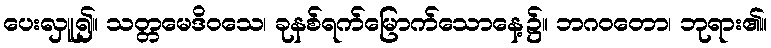
ပေးလှူ၍။ သတ္တမေဒိဝသေ၊ ခုနစ်ရက်မြောက်သောနေ့၌။ ဘဂဝတော၊ ဘုရား၏။